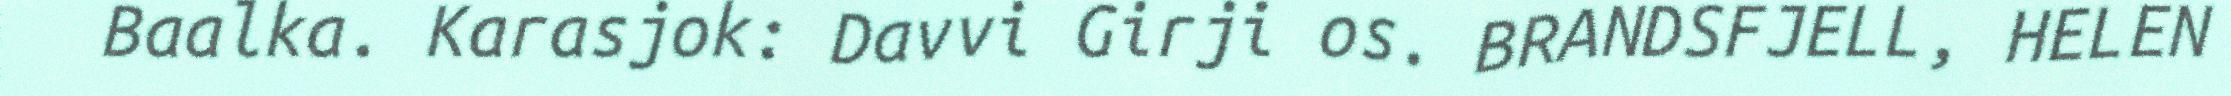
Baalka. Karasjok: Davvi Girji os. BRANDSFJELL, HELEN